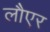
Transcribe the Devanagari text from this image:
लौएर